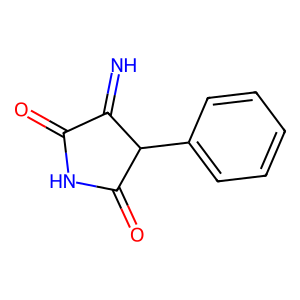
SMILES: N=C1C(=O)NC(=O)C1c1ccccc1
Inhibits HIV replication: No